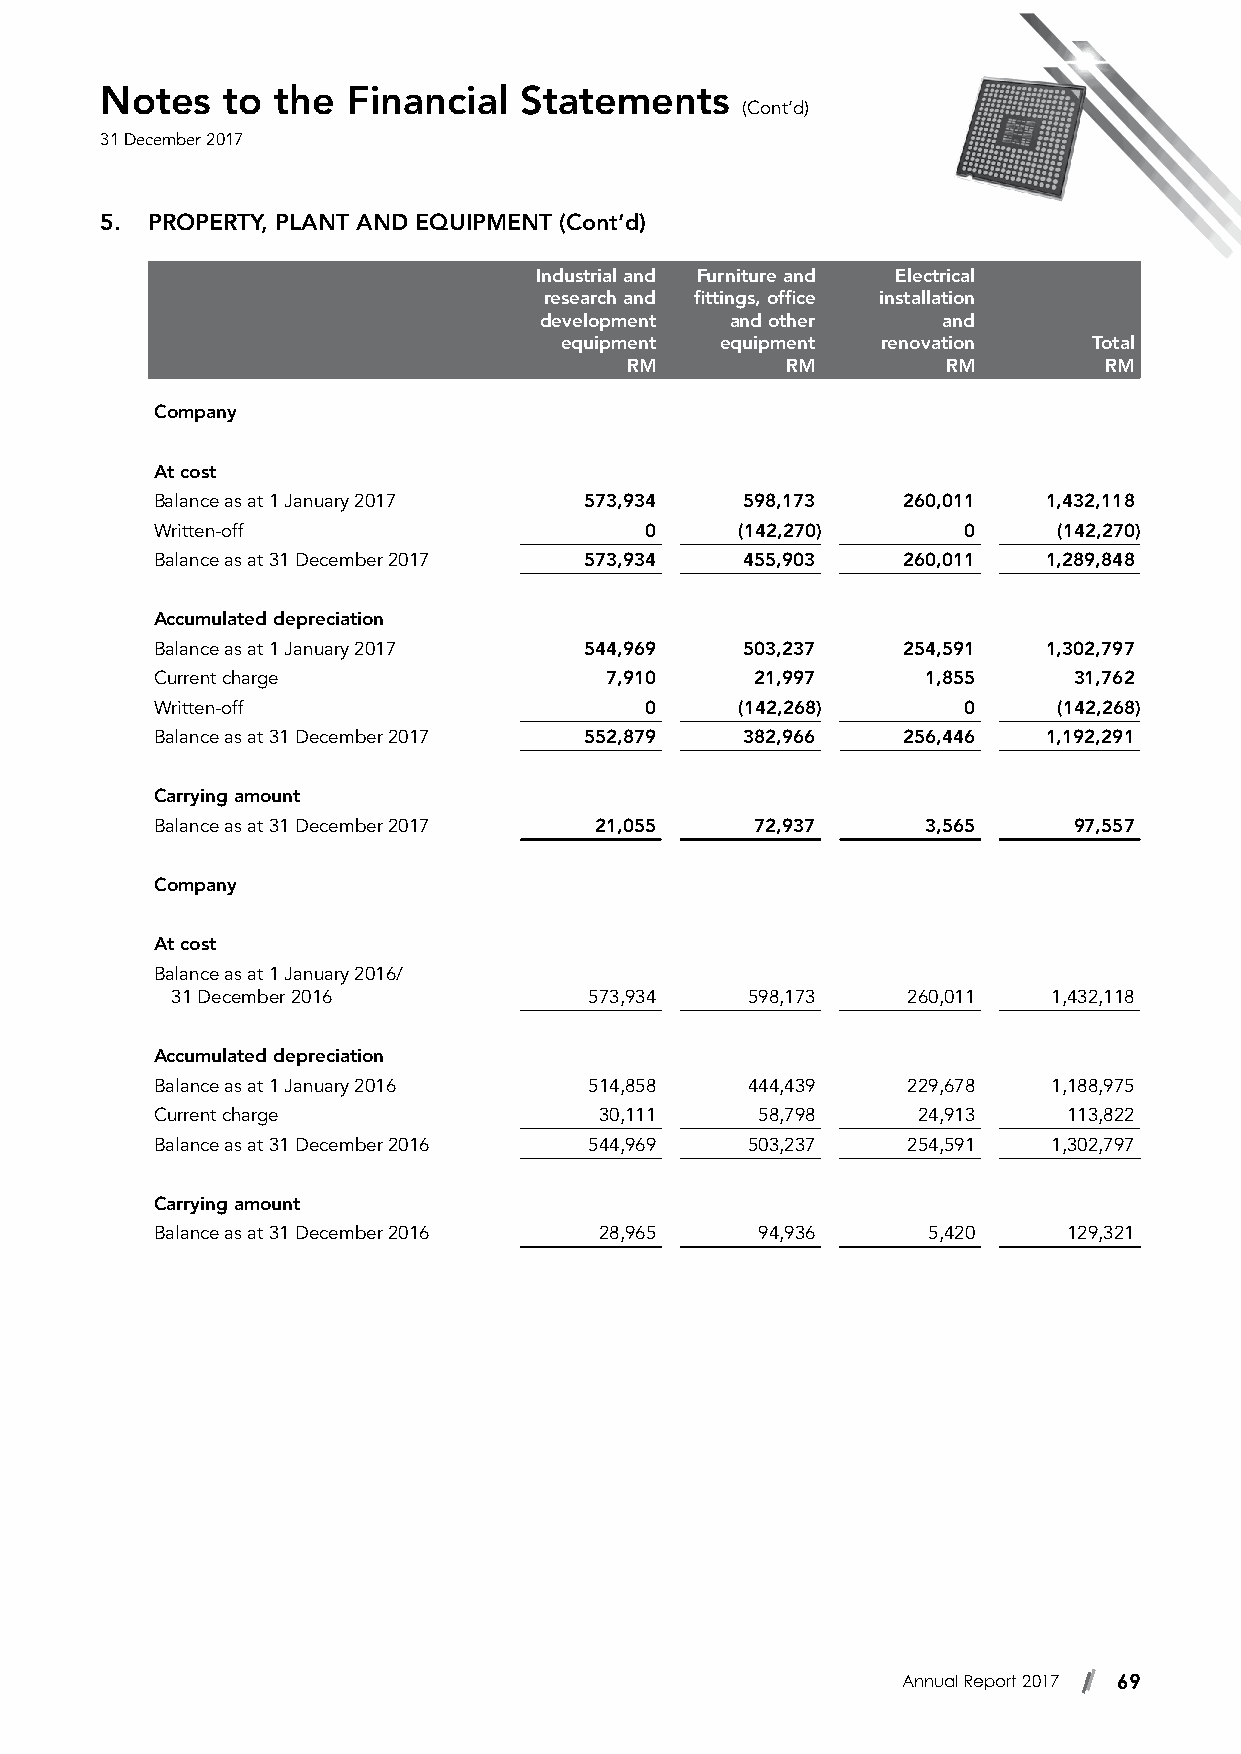
Notes   to the  Financial  Statements
 (Cont’d)
 31 December 2017
 5. PROPERTY, PLANT AND EQUIPMENT (Cont’d)
 Industrial and Furniture and Electrical
 research and fittings, office installation
 development and other     and
 equipment  equipment renovation    Total
 RM         RM         RM        RM
 Company
 At cost
 Balance as at 1 January 2017 573,934   598,173    260,011  1,432,118
 Written-off                      0     (142,270)      0     (142,270)
 Balance as at 31 December 2017 573,934 455,903    260,011  1,289,848
 Accumulated depreciation
 Balance as at 1 January 2017 544,969   503,237    254,591  1,302,797
 Current charge                7,910     21,997     1,855     31,762
 Written-off                      0     (142,268)      0     (142,268)
 Balance as at 31 December 2017 552,879 382,966    256,446  1,192,291
 Carrying amount
 Balance as at 31 December 2017 21,055   72,937     3,565     97,557
 Company
 At cost
 Balance as at 1 January 2016/
 31 December 2016            573,934   598,173    260,011   1,432,118
 Accumulated depreciation
 Balance as at 1 January 2016 514,858   444,439    229,678   1,188,975
 Current charge                30,111    58,798     24,913    113,822
 Balance as at 31 December 2016 544,969 503,237    254,591   1,302,797
 Carrying amount
 Balance as at 31 December 2016 28,965   94,936     5,420     129,321
 Annual Report 2017 69